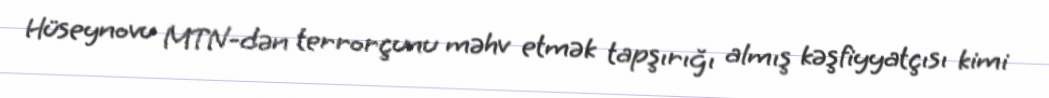
Hüseynovu MTN-dən terrorçunu məhv etmək tapşırığı almış kəşfiyyatçısı kimi